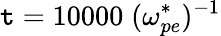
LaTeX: \mathtt{t}=10000\; (\omega_{pe}^{*})^{-1}